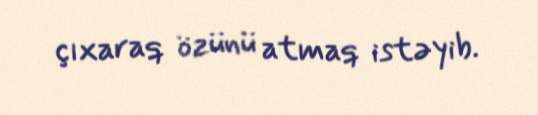
çıxaraq özünü atmaq istəyib.